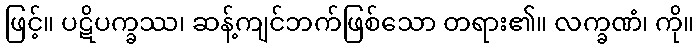
ဖြင့်။ ပဋိပက္ခဿ၊ ဆန့်ကျင်ဘက်ဖြစ်သော တရား၏။ လက္ခဏံ၊ ကို။